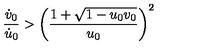
\frac { \dot { v } _ { 0 } } { \dot { u } _ { 0 } } > \left( \frac { 1 + \sqrt { 1 - u _ { 0 } v _ { 0 } } } { u _ { 0 } } \right) ^ { 2 }